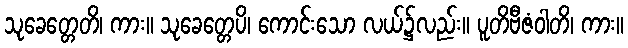
သုခေတ္တေတိ၊ ကား။ သုခေတ္တေပိ၊ ကောင်းသော လယ်၌လည်း။ ပူတိဗီဇံဝါတိ၊ ကား။